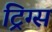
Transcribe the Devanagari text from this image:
ट्रिग्स